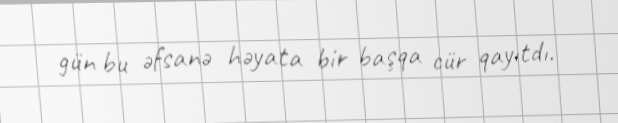
gün bu əfsanə həyata bir başqa cür qayıtdı.